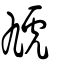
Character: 虓